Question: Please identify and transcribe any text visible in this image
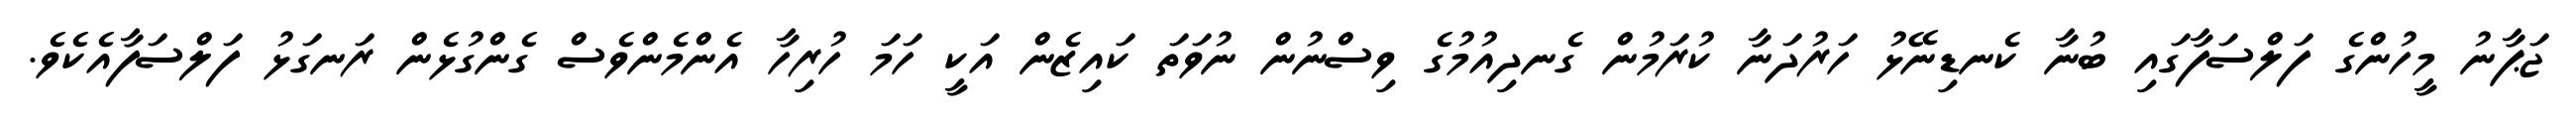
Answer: ޖަޕާނު މީހުންގެ ފަލްސަފާގައި ބުނާ ކެނޑިނޭޅު ހަރުދަނާ ކުރަމުން ގެނދިއުމުގެ ވިސްނުން ނުވަތަ ކައިޒެން އަކީ ހަމަ ހުރިހާ އެންމެންވެސް ގެންގުޅެން ރަނގަޅު ފަލްސަފާއެކެވެ.